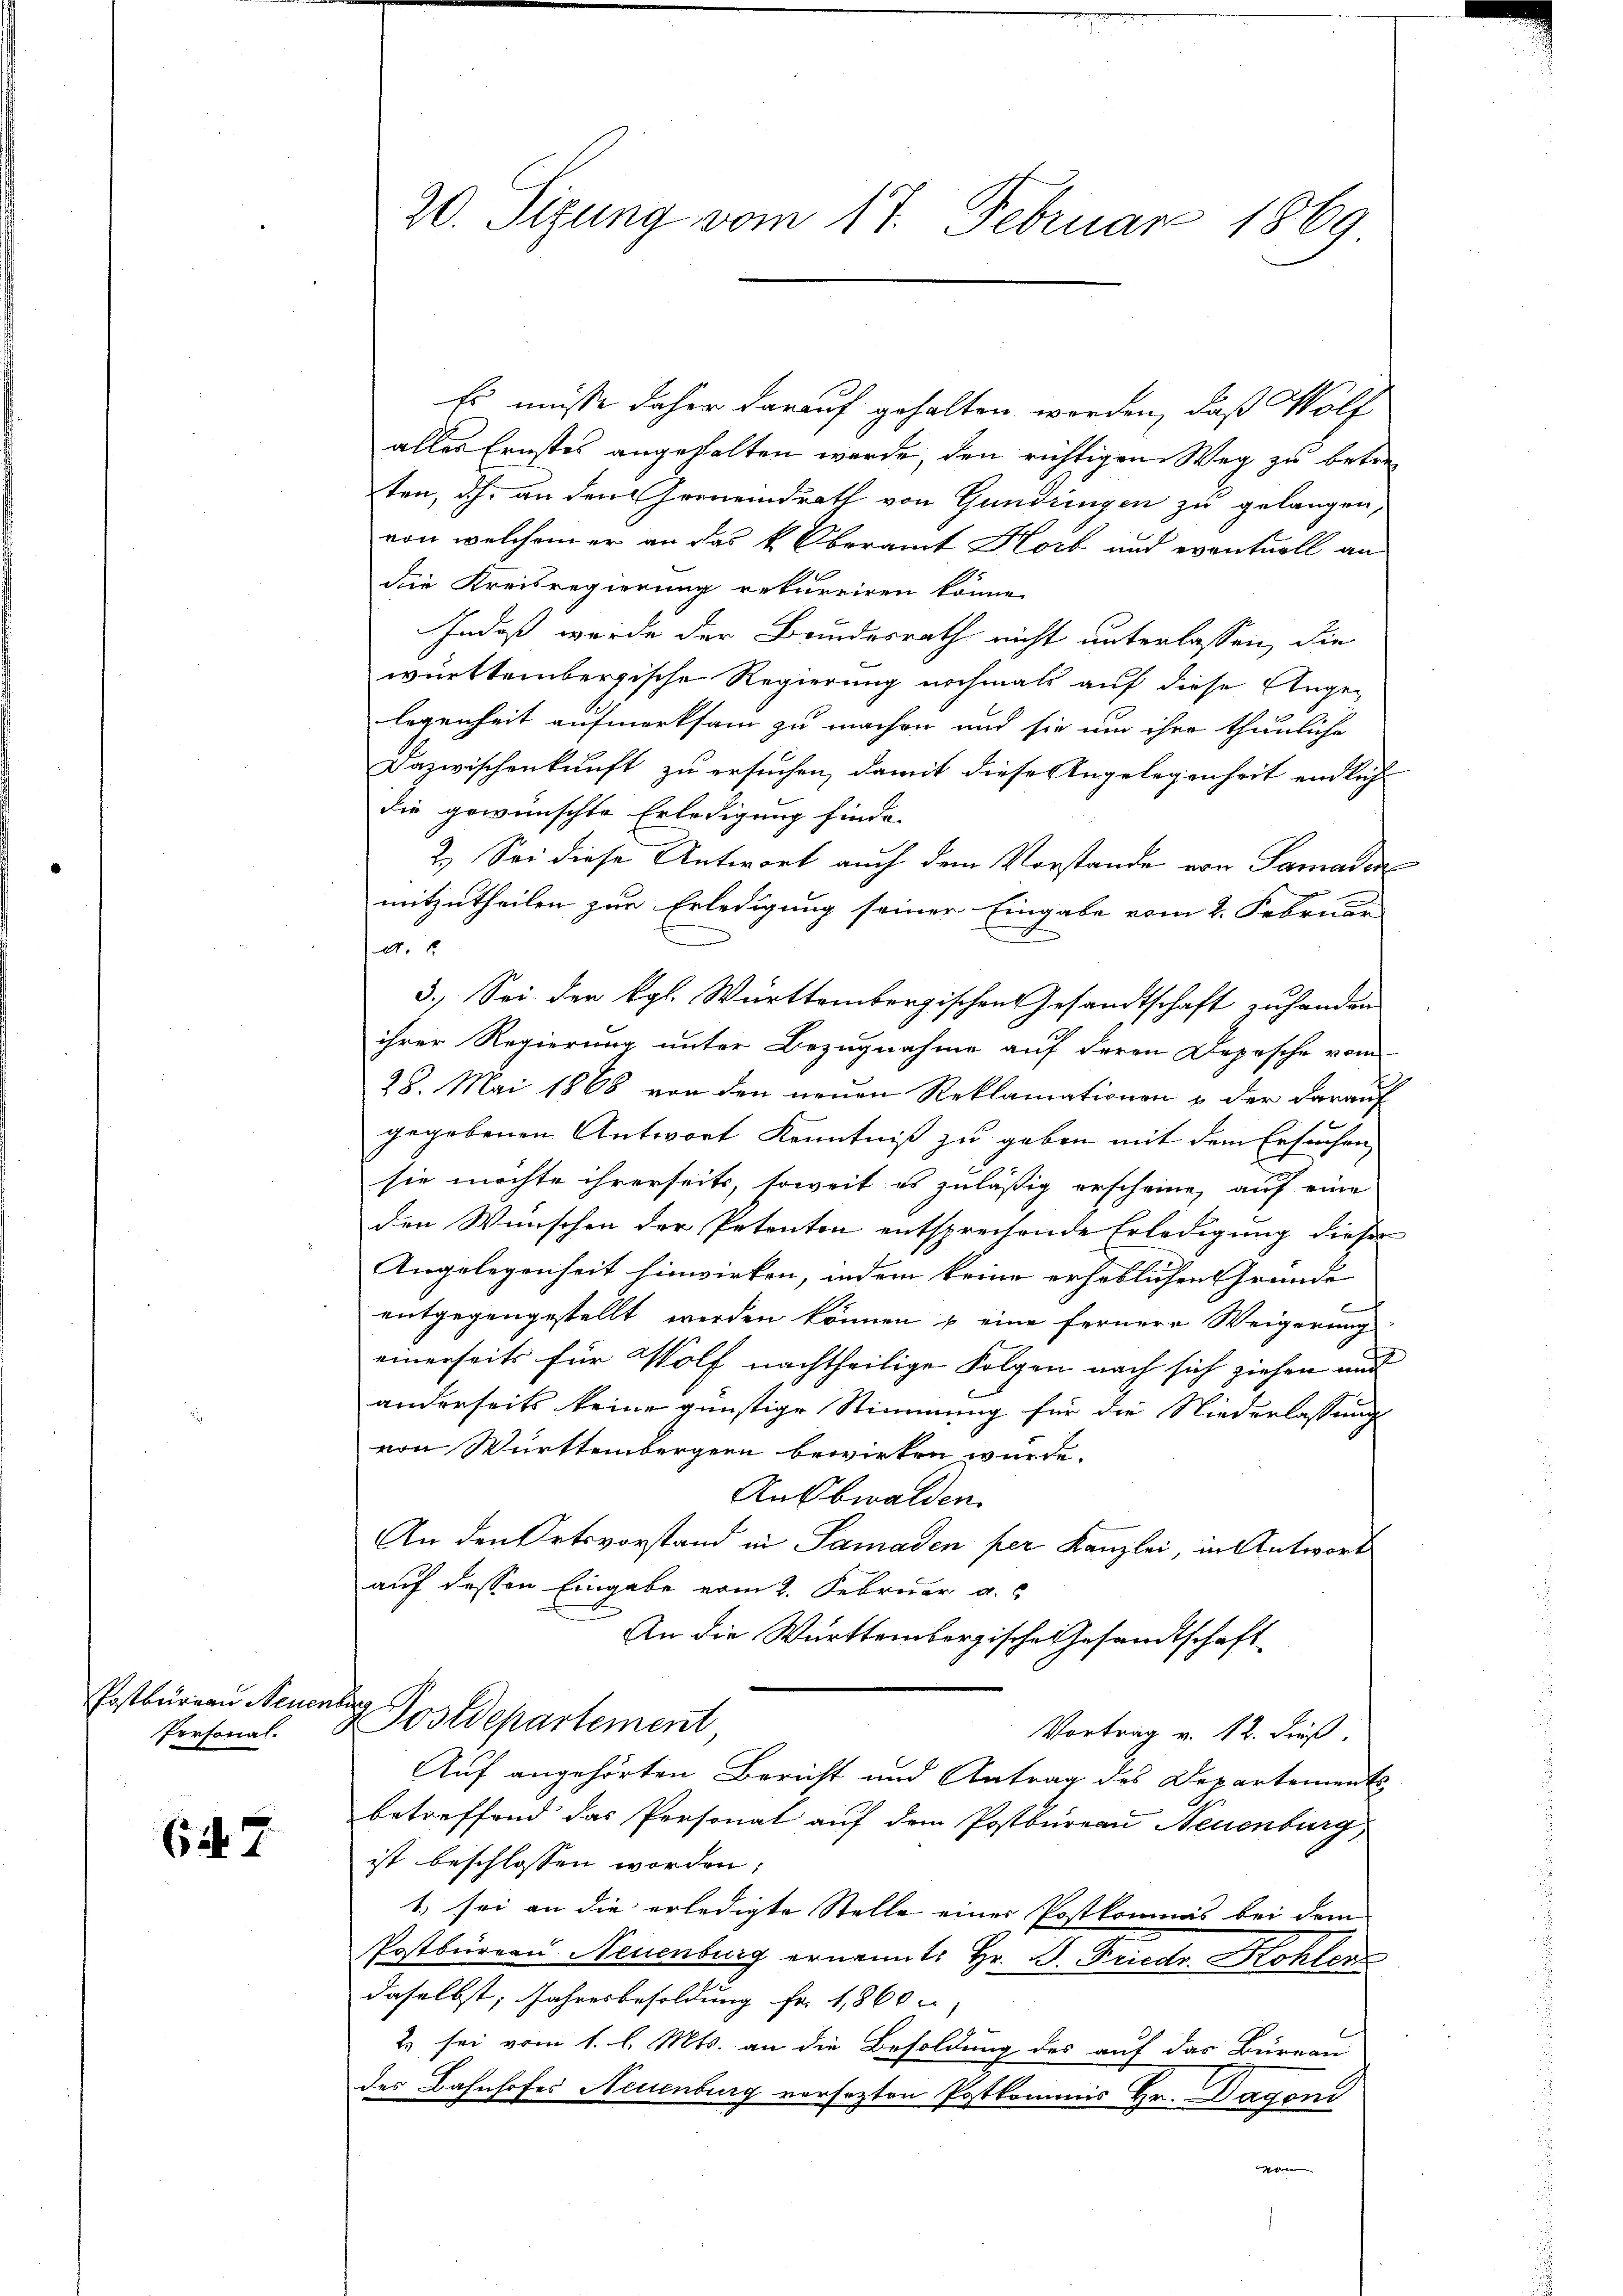
Postbureau Neuen
Perforial.

64. 7

20. Sizung vom 17. Februar 1869

Es müsse daher darauf gehalten werden, daß Wölf
alles Ernstes angehalten werde, den richtigen Weg zu betre
ten, dh. an den Gemeindrath von Gundringen zu gelangen,
von welchem er an das k. Oberamt Horb und eventuell an
die Kreisregierung rekurriren könne,
Indeß wurde der Bundesrath nicht unterlassen, die
württembergische Regierung nochmals auf diese Angelegenheit aufmerksam zu machen und sie um ihre thunliche
Dazwischenkunft zu ersuchen, damit diese Angelegenheit endliche
die gewünschte Erledigung finde
2.) Sei diese Antwort auch dem Vorstande von Samaden
mitzutheilen zur Erledigung seiner Eingabe vom 2. Februar
A. 1.
3.) Sei der Kgl. Württembergischen Gesandtschaft zu handen
ihrer Regierung unter Bezugnahme auf deren Depesche vom
28. Mai 1868 von den neuen Reklamationen u der darauf
gegebenen Antwort Kenntniß zu geben mit dem Ersuchen
ch
sie möchte ihrerseits, soweit es zuläßig erscheine, auf eine
den Wünschen der Petenten entsprechende Erledigung dieser
Angelegenheit hinwirken, indem keine erheblichen Gründe
e
entgegengestellt werden können & eine fernere Weigerung
einerseits für Wolf nachtheilige Folgen nach sich ziehen und
anderseits keine günstige Stimmung für die Niederlassungs
von Württembergern bewirken würde.
Ansbwalden.
An den Ortsvorstand in Samaden per Kanzlei, in Antwort
auf dessen Eingabe vom 2. Februar a.
An die Württembergische Gesandtschaft
ch
 Postdepartement
Vortrag v. 12. dieß,
Auf angehörten Bericht und Antrag des Departements
Ap
betreffend das Personat auf dem Postbureau Neuenburg,
ist beschlossen worden;
1. sei an die erledigte Stelle einer Postkommis bei dem
Postberren Neuenburg ernannt: Hr. P. Friedr. Kohlen
daselbst, Jahresbesoldung Fr. 1860
2) sei vom 1. l. Mts. an die Besoldung des auf das Bureau
des Bahnhofes Neuenburg vorsezten Postkommis Hr. Dagoni
rnen